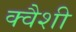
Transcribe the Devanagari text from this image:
क्वैशी